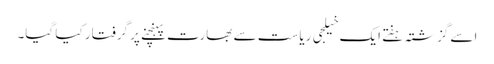
اسے گزشتہ ہفتے ایک خیلجی ریاست سے بھارت پہنچنے پر گرفتار کیا گیا۔